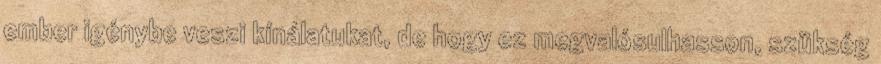
ember igénybe veszi kínálatukat, de hogy ez megvalósulhasson, szükség